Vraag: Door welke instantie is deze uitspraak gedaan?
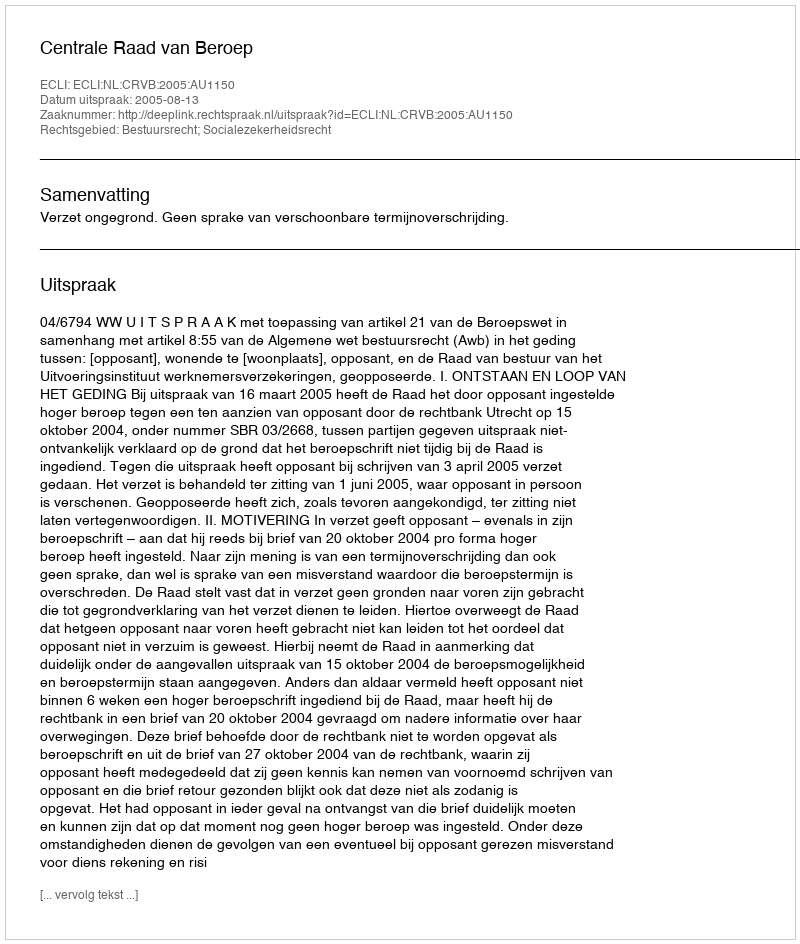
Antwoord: Centrale Raad van Beroep